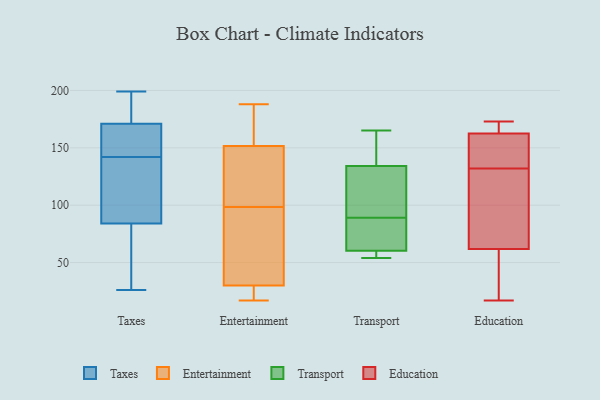
{"axis": {"x": "Population (Million)", "y": "Value"}, "legend": ["Education", "Entertainment", "Taxes", "Transport"], "data": [{"x": "", "y": 90, "type": "Taxes"}, {"x": "", "y": 84, "type": "Taxes"}, {"x": "", "y": 139, "type": "Taxes"}, {"x": "", "y": 199, "type": "Taxes"}, {"x": "", "y": 171, "type": "Taxes"}, {"x": "", "y": 72, "type": "Taxes"}, {"x": "", "y": 178, "type": "Taxes"}, {"x": "", "y": 163, "type": "Taxes"}, {"x": "", "y": 145, "type": "Taxes"}, {"x": "", "y": 26, "type": "Taxes"}, {"x": "", "y": 105, "type": "Entertainment"}, {"x": "", "y": 91, "type": "Entertainment"}, {"x": "", "y": 148, "type": "Entertainment"}, {"x": "", "y": 186, "type": "Entertainment"}, {"x": "", "y": 17, "type": "Entertainment"}, {"x": "", "y": 122, "type": "Entertainment"}, {"x": "", "y": 36, "type": "Entertainment"}, {"x": "", "y": 155, "type": "Entertainment"}, {"x": "", "y": 22, "type": "Entertainment"}, {"x": "", "y": 188, "type": "Entertainment"}, {"x": "", "y": 124, "type": "Entertainment"}, {"x": "", "y": 20, "type": "Entertainment"}, {"x": "", "y": 92, "type": "Entertainment"}, {"x": "", "y": 184, "type": "Entertainment"}, {"x": "", "y": 74, "type": "Entertainment"}, {"x": "", "y": 24, "type": "Entertainment"}, {"x": "", "y": 54, "type": "Transport"}, {"x": "", "y": 89, "type": "Transport"}, {"x": "", "y": 109, "type": "Transport"}, {"x": "", "y": 55, "type": "Transport"}, {"x": "", "y": 151, "type": "Transport"}, {"x": "", "y": 58, "type": "Transport"}, {"x": "", "y": 75, "type": "Transport"}, {"x": "", "y": 165, "type": "Transport"}, {"x": "", "y": 64, "type": "Transport"}, {"x": "", "y": 132, "type": "Transport"}, {"x": "", "y": 61, "type": "Transport"}, {"x": "", "y": 111, "type": "Transport"}, {"x": "", "y": 141, "type": "Transport"}, {"x": "", "y": 140, "type": "Education"}, {"x": "", "y": 27, "type": "Education"}, {"x": "", "y": 132, "type": "Education"}, {"x": "", "y": 170, "type": "Education"}, {"x": "", "y": 31, "type": "Education"}, {"x": "", "y": 173, "type": "Education"}, {"x": "", "y": 160, "type": "Education"}, {"x": "", "y": 142, "type": "Education"}, {"x": "", "y": 171, "type": "Education"}, {"x": "", "y": 99, "type": "Education"}, {"x": "", "y": 101, "type": "Education"}, {"x": "", "y": 72, "type": "Education"}, {"x": "", "y": 17, "type": "Education"}]}